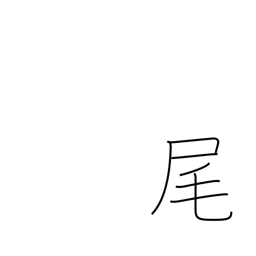
Meaning: lower slope of mountain